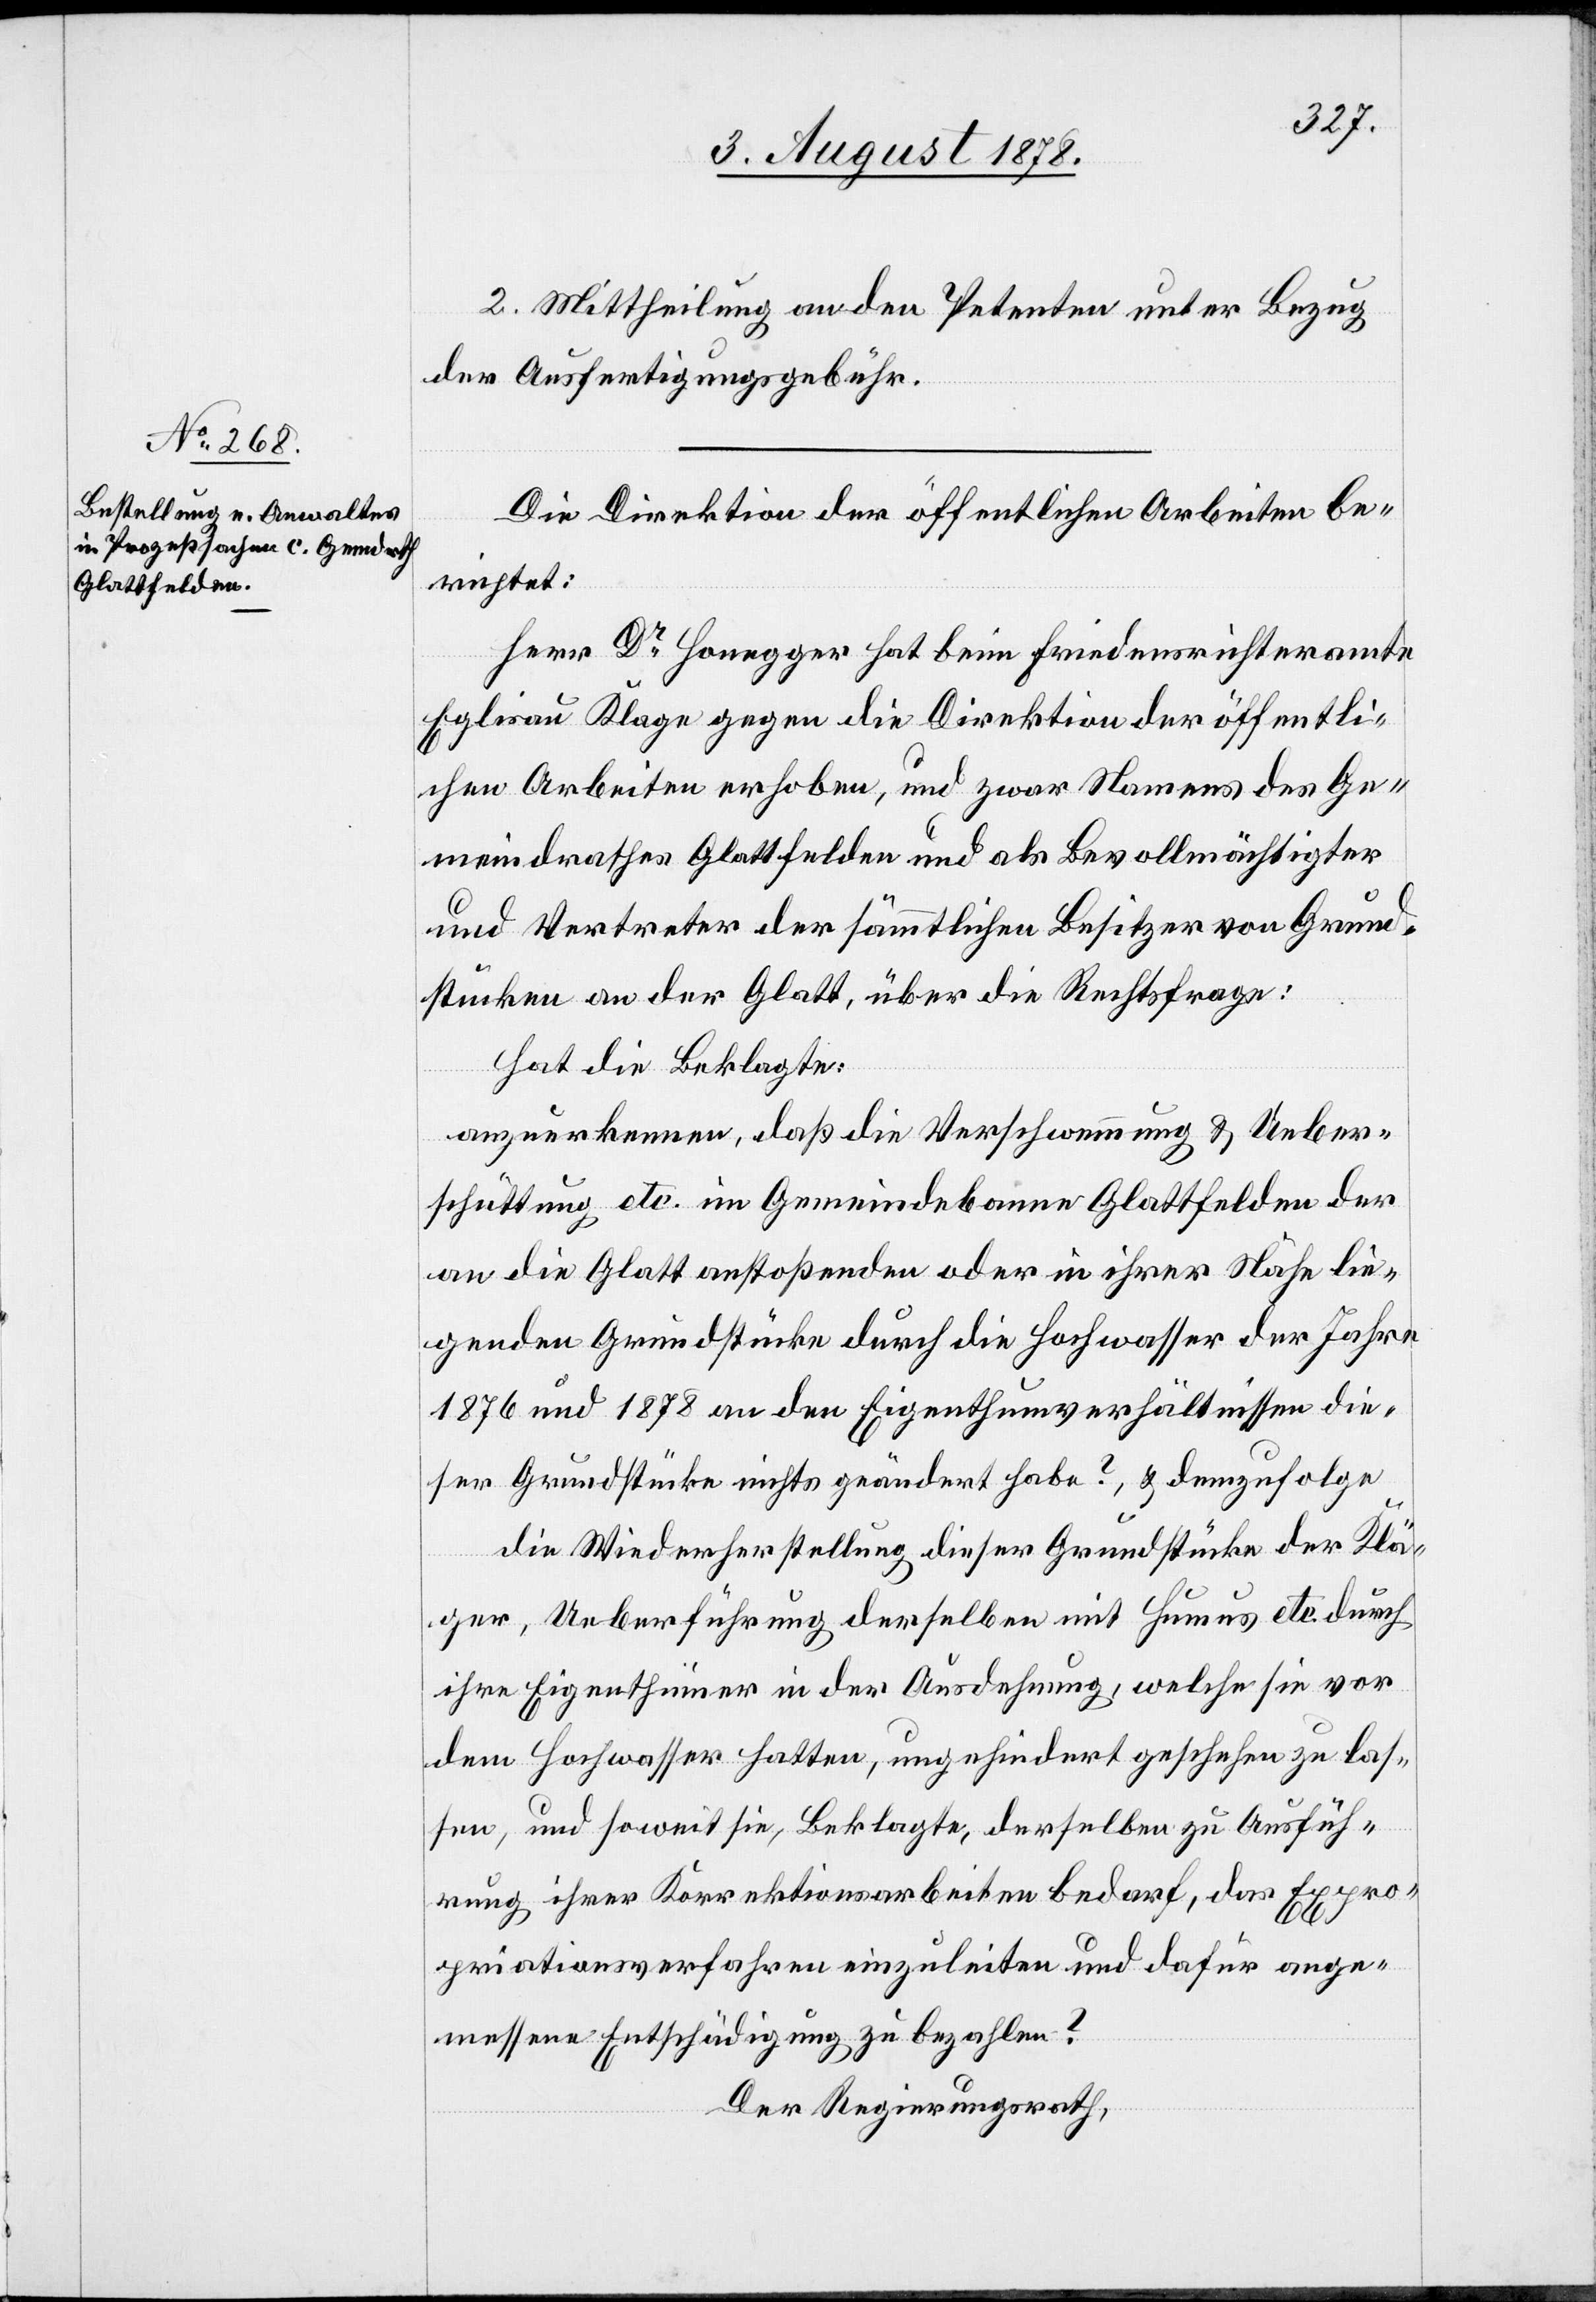
2. Mittheilung an den Petenten unter Bezug
der Ausfertigungsgebühr.
Die Direktion der öffentlichen Arbeiten be¬
richtet:
Herr Dr Honegger hat beim Friedensrichteramte
Eglisau Klage gegen die Direktion der öffentli¬
chen Arbeiten erhoben, und zwar Namens des Ge¬
meindrathes Glattfelden und als Bevollmächtigter
und Vertreter der sämmtlichen Besitzer von Grund¬
stücken an der Glatt, über die Rechtsfrage:
Hat die Beklagte:
anzuerkennen, daß die Verschwemmung & Ueber¬
schüttung etc. im Gemeindebanne Glattfelden der
an die Glatt anstoßenden oder in ihrer Nähe lie¬
genden Grundstücke durch die Hochwasser der Jahre
1876 und 1878 an den Eigenthumverhältnissen die¬
ser Grundstücke nichts geändert habe, & demzufolge
die Wiederherstellung dieser Grundstücke der Klä¬
ger, Ueberfühung derselben mit Humus etc. durch
ihre Eigenthümer in der Ausdehnung, welche sie vor
dem Hochwasser hatten, ungehindert geschehen zu las¬
sen, und soweit sie, Beklagte, derselben zu Ausfüh¬
rung ihrer Korrektionsarbeiten bedarf, das Expro¬
priationsverfahren einzuleiten und dafür ange¬
messene Entschädigung zu bezahlen.
Der Regierungsrath,